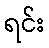
ရင်း